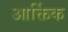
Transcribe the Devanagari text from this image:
आर्क्तिक